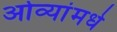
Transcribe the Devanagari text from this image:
ओव्यांमधे